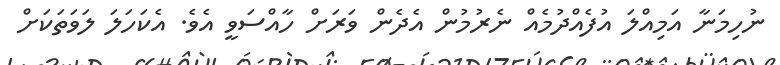
ނުހިމަނާ އަމިއްލަ އުފެއްދުމެއް ނެރުމުން އެދެން ވަރަަށް ހާއްސަވީ އެވެ. އެކަހަލަ ލަވަތަކަށް